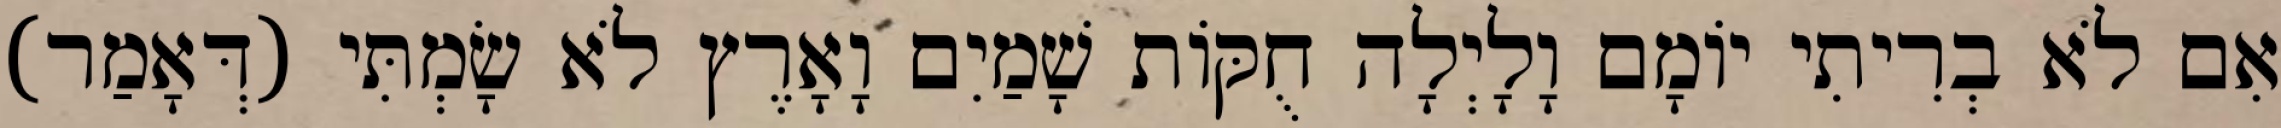
אִם לֹא בְרִיתִי יוֹמָם וָלָיְלָה חֻקּוֹת שָׁמַיִם וָאָרֶץ לֹא שָׂמְתִּי (דְּאָמַר)